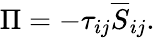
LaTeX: \Pi=-\tau_{ij}\overline{S}_{ij}.